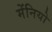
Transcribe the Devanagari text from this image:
मेंनियो